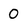
Character: 0